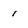
Character: 1